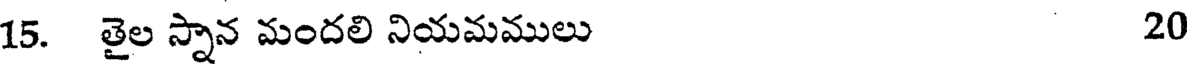
15. తైల స్నాన మందలి నియమములు 20